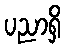
ပညာရှိ